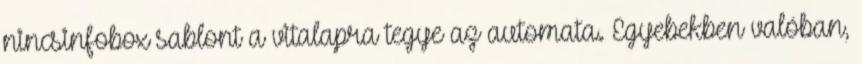
nincsinfobox sablont a vitalapra tegye az automata. Egyebekben valóban,